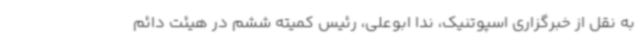
به نقل از خبرگزاری اسپوتنیک، ندا ابوعلی، رئیس کمیته ششم در هیئت دائم